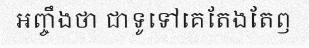
អញ្ចឹងថា ជាទូទៅគេតែងតែឭ